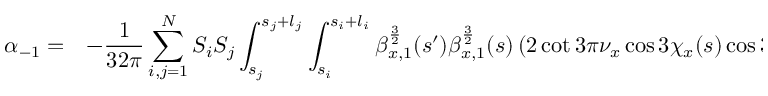
\begin{array} { c l } { \displaystyle \alpha _ { - 1 } = } & { \displaystyle - \frac { 1 } { 3 2 \pi } \sum _ { i , j = 1 } ^ { N } { S _ { i } S _ { j } \int _ { s _ { j } } ^ { s _ { j } + l _ { j } } \int _ { s _ { i } } ^ { s _ { i } + l _ { i } } { \beta _ { x , 1 } ^ { \frac { 3 } { 2 } } ( s ^ { \prime } ) \beta _ { x , 1 } ^ { \frac { 3 } { 2 } } ( s ) \left( 2 \cot { 3 \pi \nu _ { x } } \cos { 3 \chi _ { x } ( s ) } \cos { 3 \chi _ { x } ( s ^ { \prime } ) } \right. } } } \end{array}